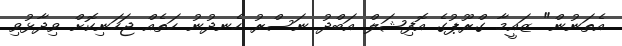
އެތަނުން" ޒައީމާ ގްރޫޕުގެ އޮފިޝަލް އަބްދު ނަސްރު ހެނދުނު ހަތެއް ޖަހަނިކޮށް ވިދާޅުވި